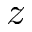
z